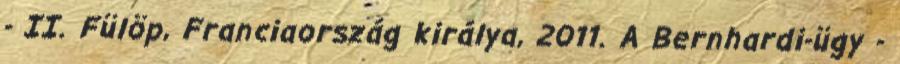
- II. Fülöp, Franciaország királya, 2011. A Bernhardi-ügy -